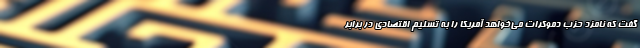
گفت که نامزد حزب دموکرات می‌خواهد آمریکا را به تسلیم اقتصادی در برابر